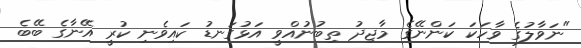
"ނަވާލުގެ ވާހަކަ ކަންނޭގެ މާޖިދު ތިބުނުއްވީ އަޅުގަނޑު ކައިވެނި ކުރީ އޭނާގެ ބޭބެ